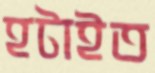
হটাইত